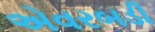
એવરબડી